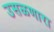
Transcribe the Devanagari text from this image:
उसळणारा